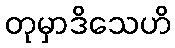
တုမှာဒိသေဟိ